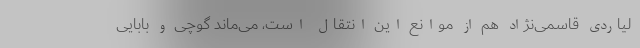
لیاردی قاسمی‌نژاد هم از موانع این انتقال است، می‌ماند گوچی و بابایی